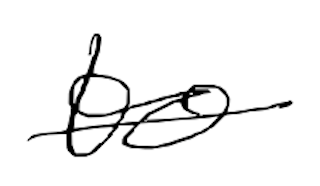
Text: to
Cross-out: single-line
Writing tool: digital_black